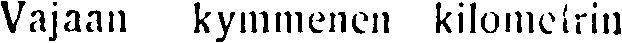
Vajaan kymmenen kilometrin